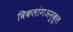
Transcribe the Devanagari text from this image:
विकलांगअनुकूल